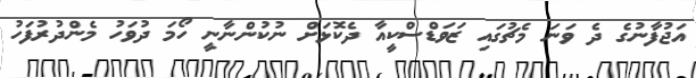
އަޖުފާނުގެ ދެ ވަނަ މެޗުގައި ޒަވަޑްސްކީއާ ދެކޮޅަށް ނުކުންނާނީ ހޯމަ ދުވަހު މެންދުރުފަހު